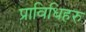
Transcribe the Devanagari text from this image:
प्राविधिहरु